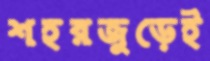
শহরজুড়েই